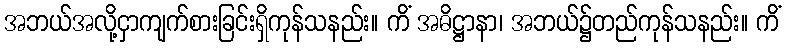
အဘယ်အလို့ငှာကျက်စားခြင်းရှိကုန်သနည်း။ ကိံ အဓိဋ္ဌာနာ၊ အဘယ်၌တည်ကုန်သနည်း။ ကိံ